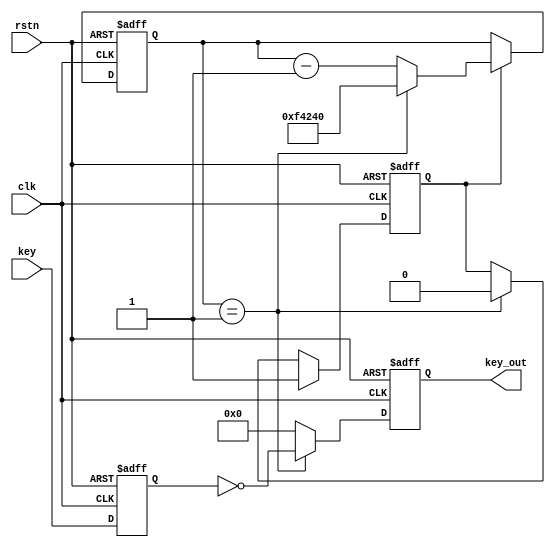
module key_debounce (
    input   wire            clk     ,
    input   wire            rstn    , 
    input   wire    [3:0]   key     , 
 
    output  wire    [3:0]   key_out 
);

    parameter   MAX_20ms =  20'd100_0000   ;
    
    reg             start           ;   // 
    wire            nedge           ;
    reg     [26:0]  cnt_1s          ;
    reg     [19:0]  cnt_20ms        ;
    reg     [3:0]   key_r0          ;  // 0
    reg     [3:0]   key_r1          ;  // 1
    reg     [3:0]   key_r           ;    // 

//  

    // 20ms 
    always @(posedge clk or negedge rstn) begin
        if(!rstn) begin
            cnt_20ms <= 20'd0;
        end
        else if(start) begin
            if(cnt_20ms == 1'd1)begin
                cnt_20ms <= MAX_20ms;
            end
            else begin
                cnt_20ms <= cnt_20ms - 1'd1; 
            end
        end
        else begin
            cnt_20ms <= cnt_20ms;
        end
    end

    always @(posedge clk or negedge rstn) begin
        if(!rstn) begin
            key_r0 <= 4'b1111;
            key_r1 <= 4'b1111;
        end
        else begin
            key_r0 <= key;  // 
            key_r1 <= key_r0;    //  
        end
    end

    // start 
    always @(posedge clk or negedge rstn) begin
        if(!rstn) begin
            start <= 1'b0;
        end
        else if(nedge) begin
            start <= 1'b1;
        end
        else if(cnt_20ms == 1'b1) begin
            start <= 1'b0;
        end
        else begin
            start <= start;
        end
    end
    //  key_r 
    always @(posedge clk or negedge rstn) begin
        if(!rstn) begin
            key_r <= 4'b0000;
        end
        else if(cnt_20ms == 1'b1) begin
            key_r <= ~key_r0;
        end
        else begin
            key_r <= 4'b0000;
        end
    end

    assign key_out = key_r;

endmodule //key_debounce